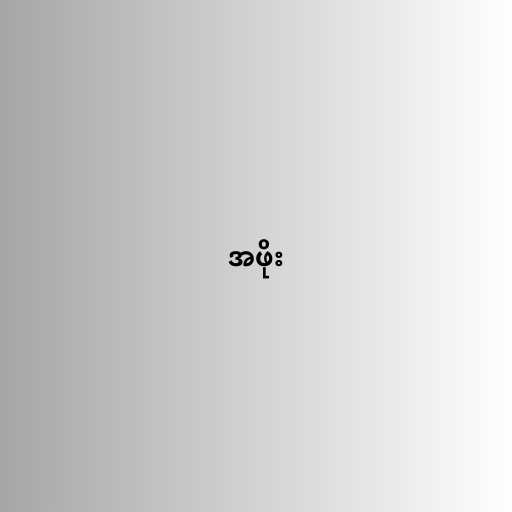
အဖိုး